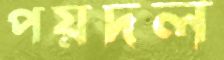
পয়দল